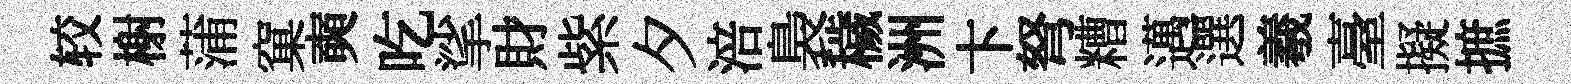
较榭蒲窠奭吃挲財紫夕涪裊穢洲卞弩糟邁選羲臺擬摭